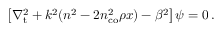
\left[ \nabla _ { \mathrm { t } } ^ { 2 } + k ^ { 2 } ( n ^ { 2 } - 2 n _ { \mathrm { c o } } ^ { 2 } \rho x ) - \beta ^ { 2 } \right] \psi = 0 \, .